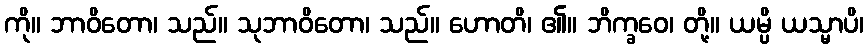
ကို။ ဘာဝိတော၊ သည်။ သုဘာဝိတော၊ သည်။ ဟောတိ၊ ၏။ ဘိက္ခဝေ၊ တို့။ ယမ္ပိ ယသ္မာပိ၊